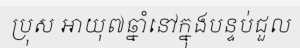
ប្រុស អាយុ៧ឆ្នាំនៅក្នុងបន្ទប់ជួល